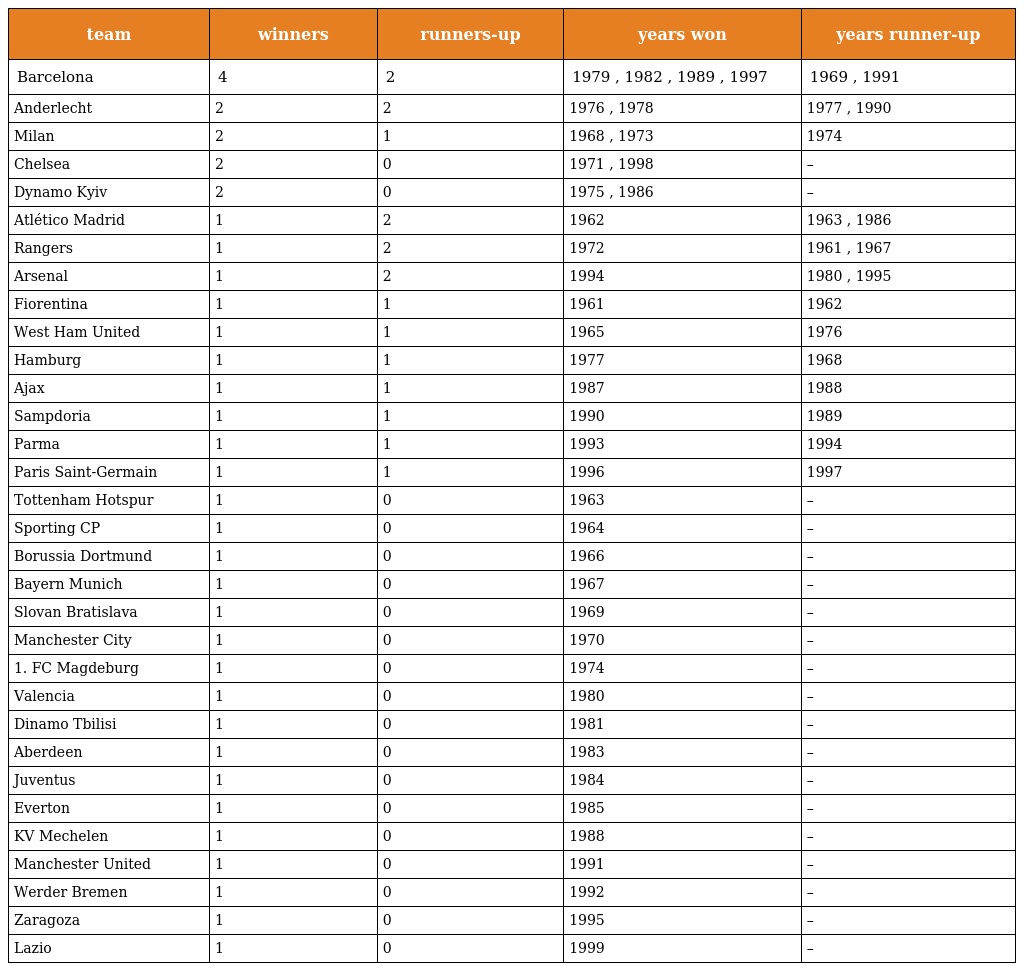
| team | winners | runners-up | years won | years runner-up |
 | --- | --- | --- | --- | --- |
 | Barcelona | 4 | 2 | 1979 , 1982 , 1989 , 1997 | 1969 , 1991 |
 | Anderlecht | 2 | 2 | 1976 , 1978 | 1977 , 1990 |
 | Milan | 2 | 1 | 1968 , 1973 | 1974 |
 | Chelsea | 2 | 0 | 1971 , 1998 | – |
 | Dynamo Kyiv | 2 | 0 | 1975 , 1986 | – |
 | Atlético Madrid | 1 | 2 | 1962 | 1963 , 1986 |
 | Rangers | 1 | 2 | 1972 | 1961 , 1967 |
 | Arsenal | 1 | 2 | 1994 | 1980 , 1995 |
 | Fiorentina | 1 | 1 | 1961 | 1962 |
 | West Ham United | 1 | 1 | 1965 | 1976 |
 | Hamburg | 1 | 1 | 1977 | 1968 |
 | Ajax | 1 | 1 | 1987 | 1988 |
 | Sampdoria | 1 | 1 | 1990 | 1989 |
 | Parma | 1 | 1 | 1993 | 1994 |
 | Paris Saint-Germain | 1 | 1 | 1996 | 1997 |
 | Tottenham Hotspur | 1 | 0 | 1963 | – |
 | Sporting CP | 1 | 0 | 1964 | – |
 | Borussia Dortmund | 1 | 0 | 1966 | – |
 | Bayern Munich | 1 | 0 | 1967 | – |
 | Slovan Bratislava | 1 | 0 | 1969 | – |
 | Manchester City | 1 | 0 | 1970 | – |
 | 1. FC Magdeburg | 1 | 0 | 1974 | – |
 | Valencia | 1 | 0 | 1980 | – |
 | Dinamo Tbilisi | 1 | 0 | 1981 | – |
 | Aberdeen | 1 | 0 | 1983 | – |
 | Juventus | 1 | 0 | 1984 | – |
 | Everton | 1 | 0 | 1985 | – |
 | KV Mechelen | 1 | 0 | 1988 | – |
 | Manchester United | 1 | 0 | 1991 | – |
 | Werder Bremen | 1 | 0 | 1992 | – |
 | Zaragoza | 1 | 0 | 1995 | – |
 | Lazio | 1 | 0 | 1999 | – |